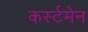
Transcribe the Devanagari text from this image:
कर्स्टमेन